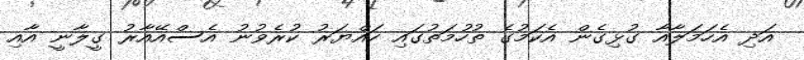
އަދި އެހަމަލާއާ ގުޅިގެން އެކަމުގެ ތުހުމަތުގައި ހައްޔަރު ކުރެވުނު އެސްއޭއާރު ގީލާނީ އާއި